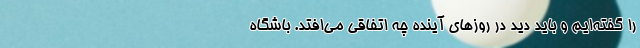
را گفته‌ایم و باید دید در روزهای آینده چه اتفاقی می‌افتد. باشگاه